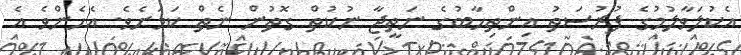
އެކުލަވާލުމުގެ ފުރުސަތު އިންތިހާބުގެ ނަތީޖާ ނުކުތް ގޮތުން ނެތް ކަމަށެވެ. އެހެންވެ އެ